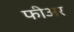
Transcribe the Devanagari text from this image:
फीअर